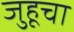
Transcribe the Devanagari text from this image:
जुहूचा